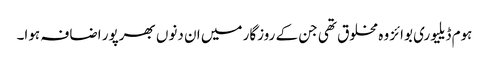
ہوم ڈیلیوری بوائز وہ مخلوق تھی جن کے روزگار میں ان دنوں بھرپور اضافہ ہوا۔